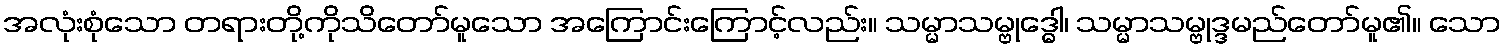
အလုံးစုံသော တရားတို့ကိုသိတော်မူသော အကြောင်းကြောင့်လည်း။ သမ္မာသမ္ဗုဒ္ဓေါ၊ သမ္မာသမ္ဗုဒ္ဒမည်တော်မူ၏။ သော